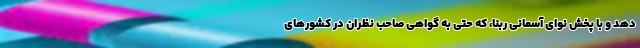
دهد و با پخش نوای آسمانی ربنا، که حتی به گواهی صاحب نظران در کشورهای